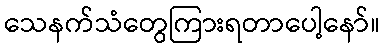
သေနက်သံတွေကြားရတာပေါ့နော်။